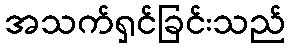
အသက်ရှင်ခြင်းသည်